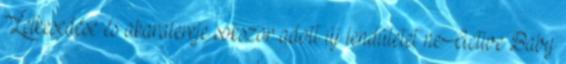
Lelkesedése és akaratereje sokszor adott új lendületet neActive Baby